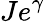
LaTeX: Je^{\gamma}